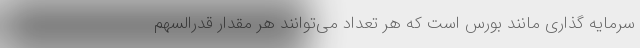
سرمایه گذاری مانند بورس است که هر تعداد می‌توانند هر مقدار قدرالسهم